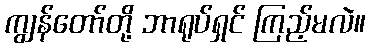
ကျွန်တော်တို့ ဘာရုပ်ရှင် ကြည့်မလဲ။